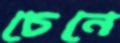
চেনে